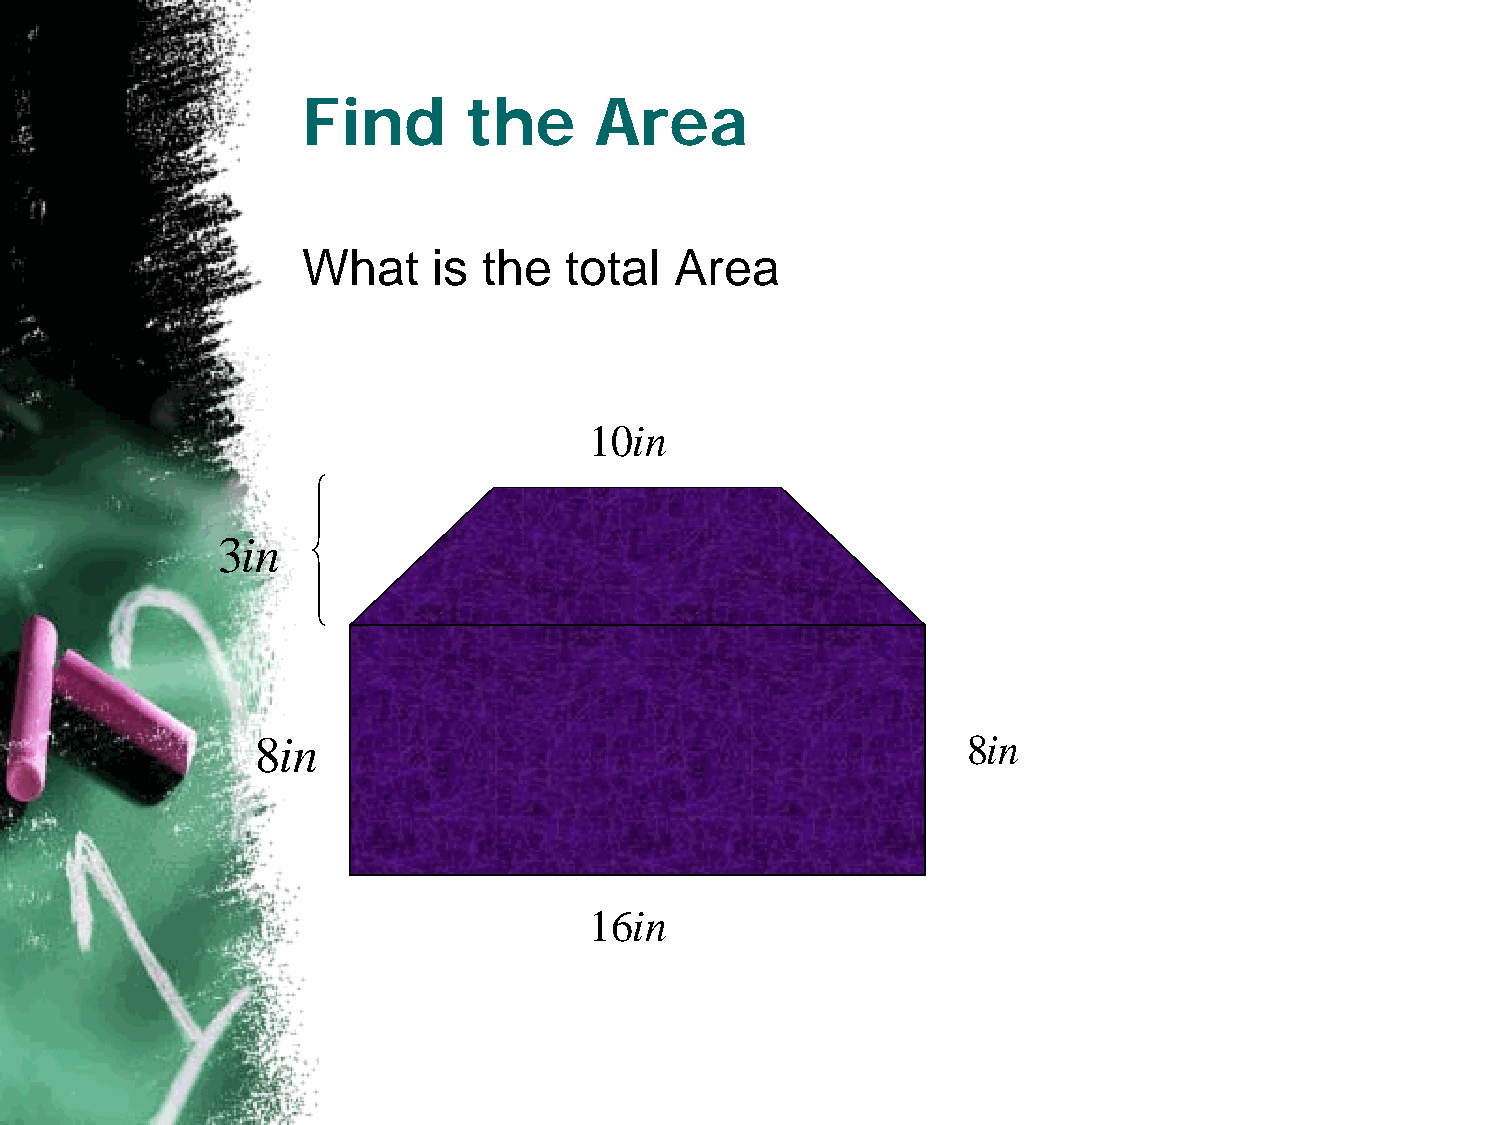
Find       the     Area
 What     is the  total   Area
 10in
 3in
 8in                                            8in
 16in